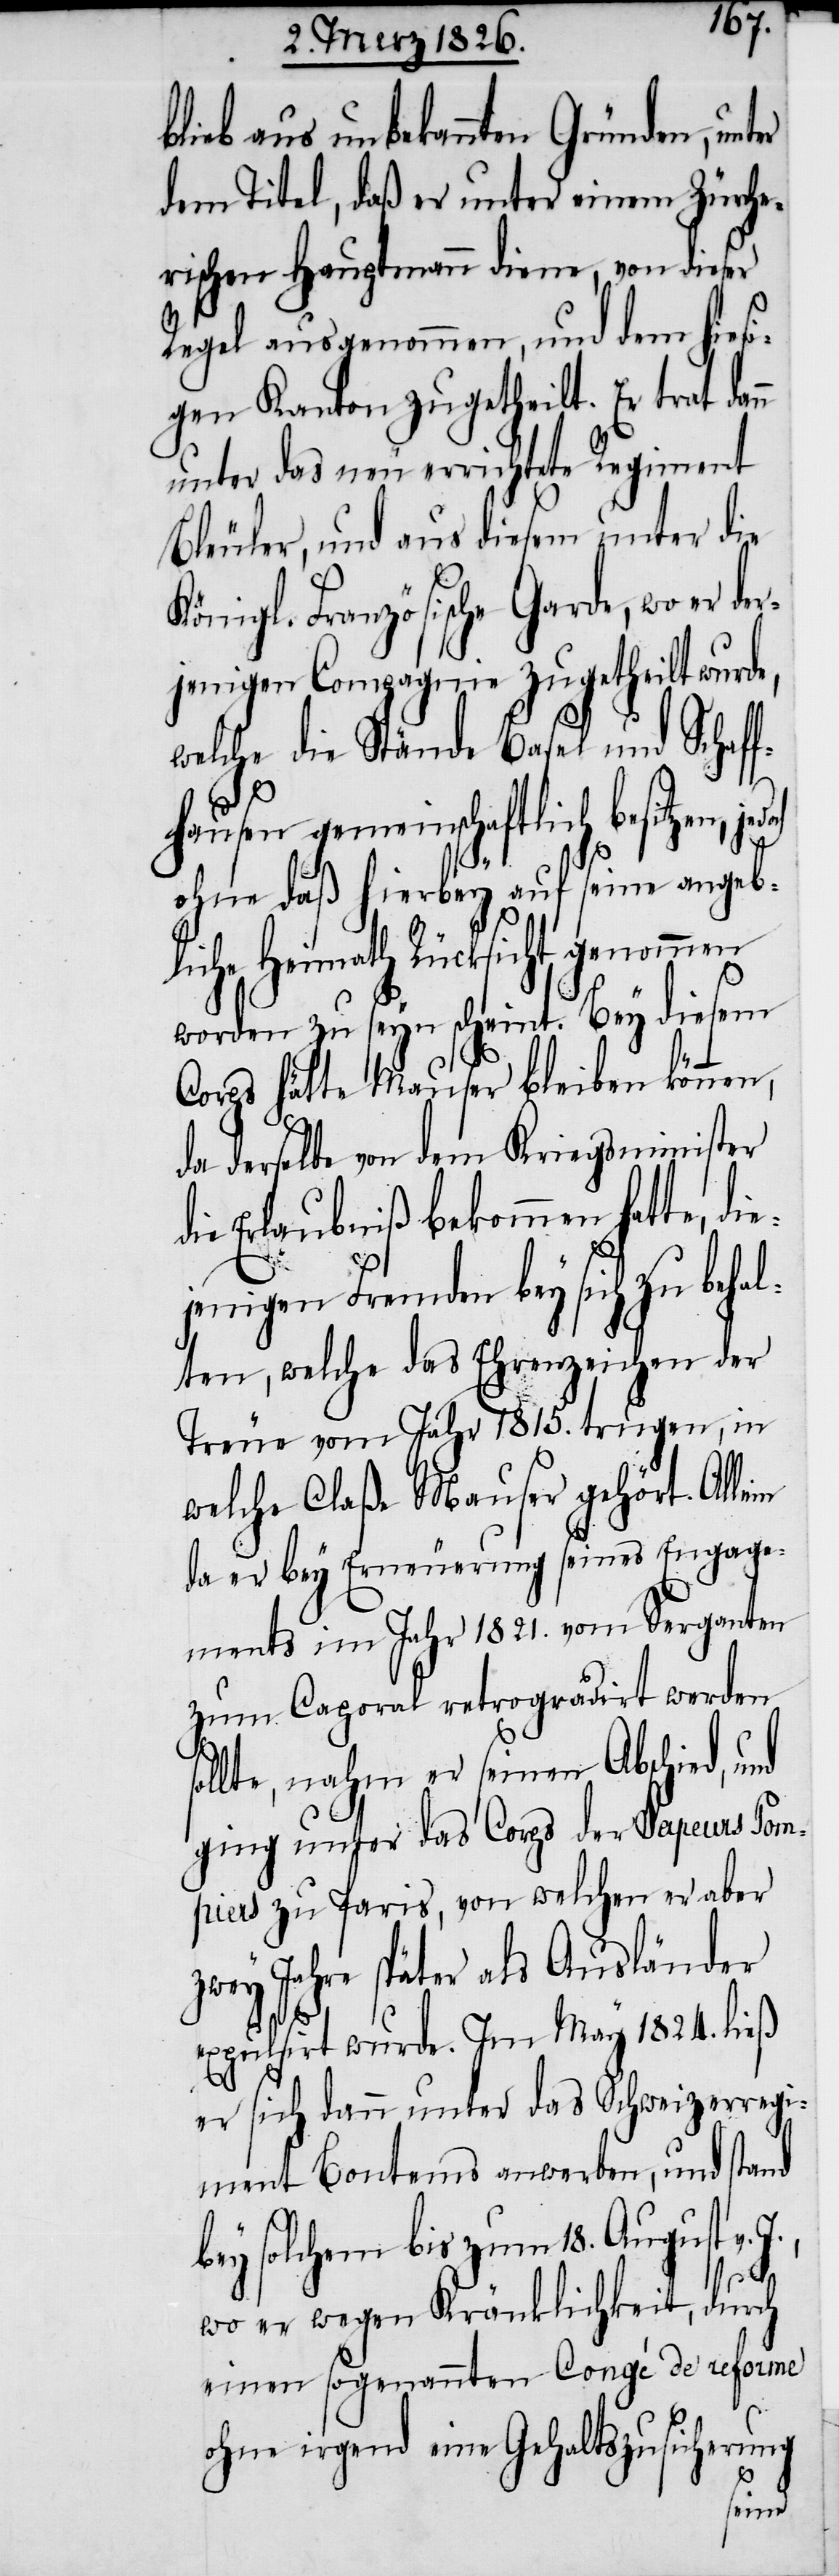
blieb aus unbekannten Gründen, unter
dem Titel, daß er unter einem Zürche¬
rischen Hauptmann diene, von dieser
Regel ausgenommen, und dem hiesi¬
gen Kanton zugetheilt. Er trat dann
unter das neu errichtete Regiment
Bleuler, und aus diesem unter die
Königl. Französische Garde, wo er de¬
rjenigen Compagnie zugetheilt wurde,
welche die Stände Basel und Schaff¬
hausen gemeinschaftlich besitzen,
ohne daß hierbey auf seine angeb¬
liche Heimath Rücksicht genommen
worden zu seyn scheint. Bey diesem
Corps hätte Mauser bleiben können,
da derselbe von dem Kriegsminister
die Erlaubniß bekommen hatte, di¬
ejenigen Fremden bey sich zu behal¬
ten, welche das Ehrenzeichen der
Treue vom Jahr 1815. trugen, in
welche Claße Mauser gehört. Allein
da er bey Erneuerung seines Engage¬
ments im Jahr 1821. vom Serganten
zum Caporal retrogradirt werden
llte, nahm er seinen Abschied,
ging unter das Corps der Sapeurs Pom¬
piers zu Paris, von welchen er aber
zwey Jahre später als Ausländer
expulsirt wurde. Im May 1824. ließ
er sich dann unter das Schweizerregi¬
ment Bontems anwerben, und stand
bey solchem bis zum 18. August v.
J.,
wo er wegen Kränklichkeit, durch
einen sogenannten Congé de reforme
ohne irgend eine Gehaltszusicherung
und